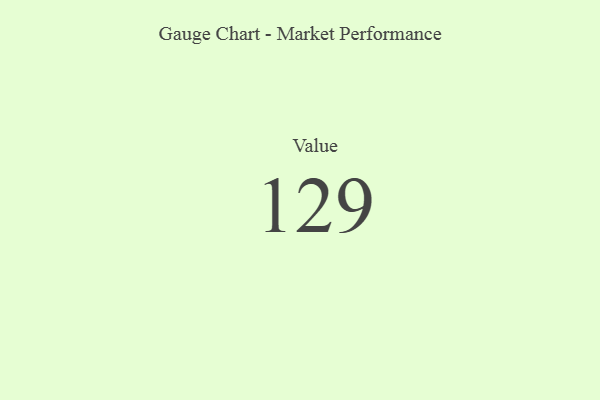
{"axis": {"x": "Metric", "y": "Value"}, "legend": [""], "data": [{"x": "Value", "y": 129, "type": ""}]}